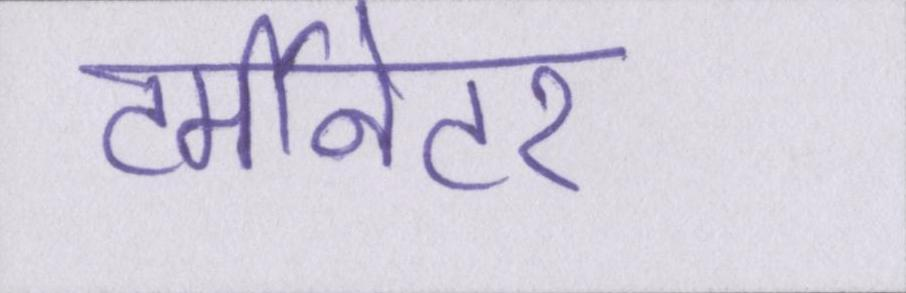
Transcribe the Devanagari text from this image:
टर्मीनेटर